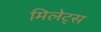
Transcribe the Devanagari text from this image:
मिलेट्स